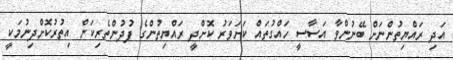
އަދި ރައްޔިތުންނަށް ބޭނުންވާ އަސާސީ ހައްގުތައް ކަށަވަރު ކޮށްދީ ރައްޔިތުންގެ ފުދުންތެރިކަން އިތުރުކޮށްދިނުމަކީ